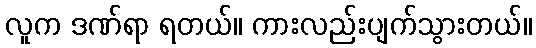
လူက ဒဏ်ရာ ရတယ်။ ကားလည်းပျက်သွားတယ်။